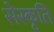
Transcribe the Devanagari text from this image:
सेस्कृति